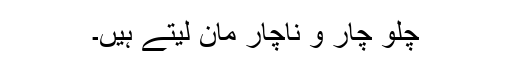
چلو چار و ناچار مان لیتے ہیں۔